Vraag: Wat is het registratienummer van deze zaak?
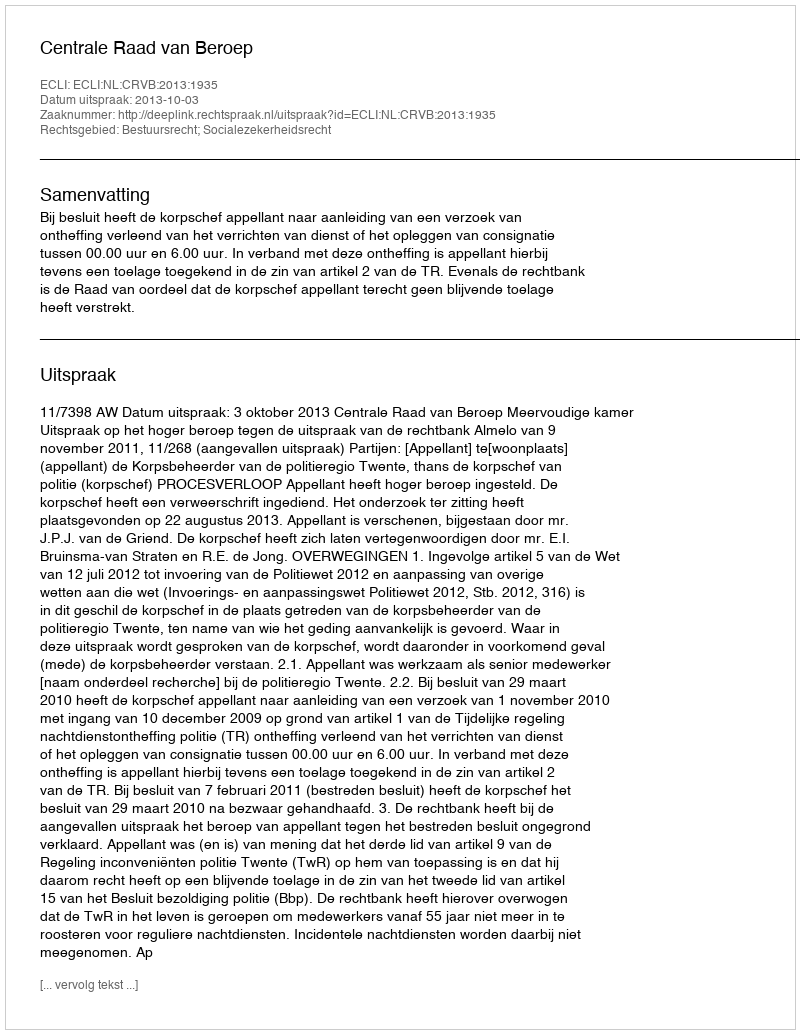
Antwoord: http://deeplink.rechtspraak.nl/uitspraak?id=ECLI:NL:CRVB:2013:1935